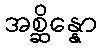
အစ္ဆိန္နော